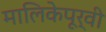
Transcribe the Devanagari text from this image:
मालिकेपूर्वी